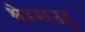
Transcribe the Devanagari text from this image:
श्वेहमाउडू